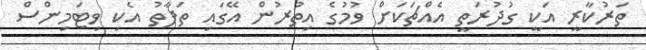
ތަރުކާރީ އަކީ ގުދުރަތީ އެއްޗަކަށް ވުމުގެ އިތުރުން އޭގައި ތަފާތު އެކި ވިޓަމިންސް